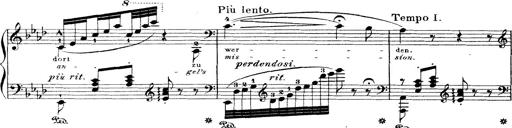
Title: Wagner-Liszt Album
Composer: Franz Liszt